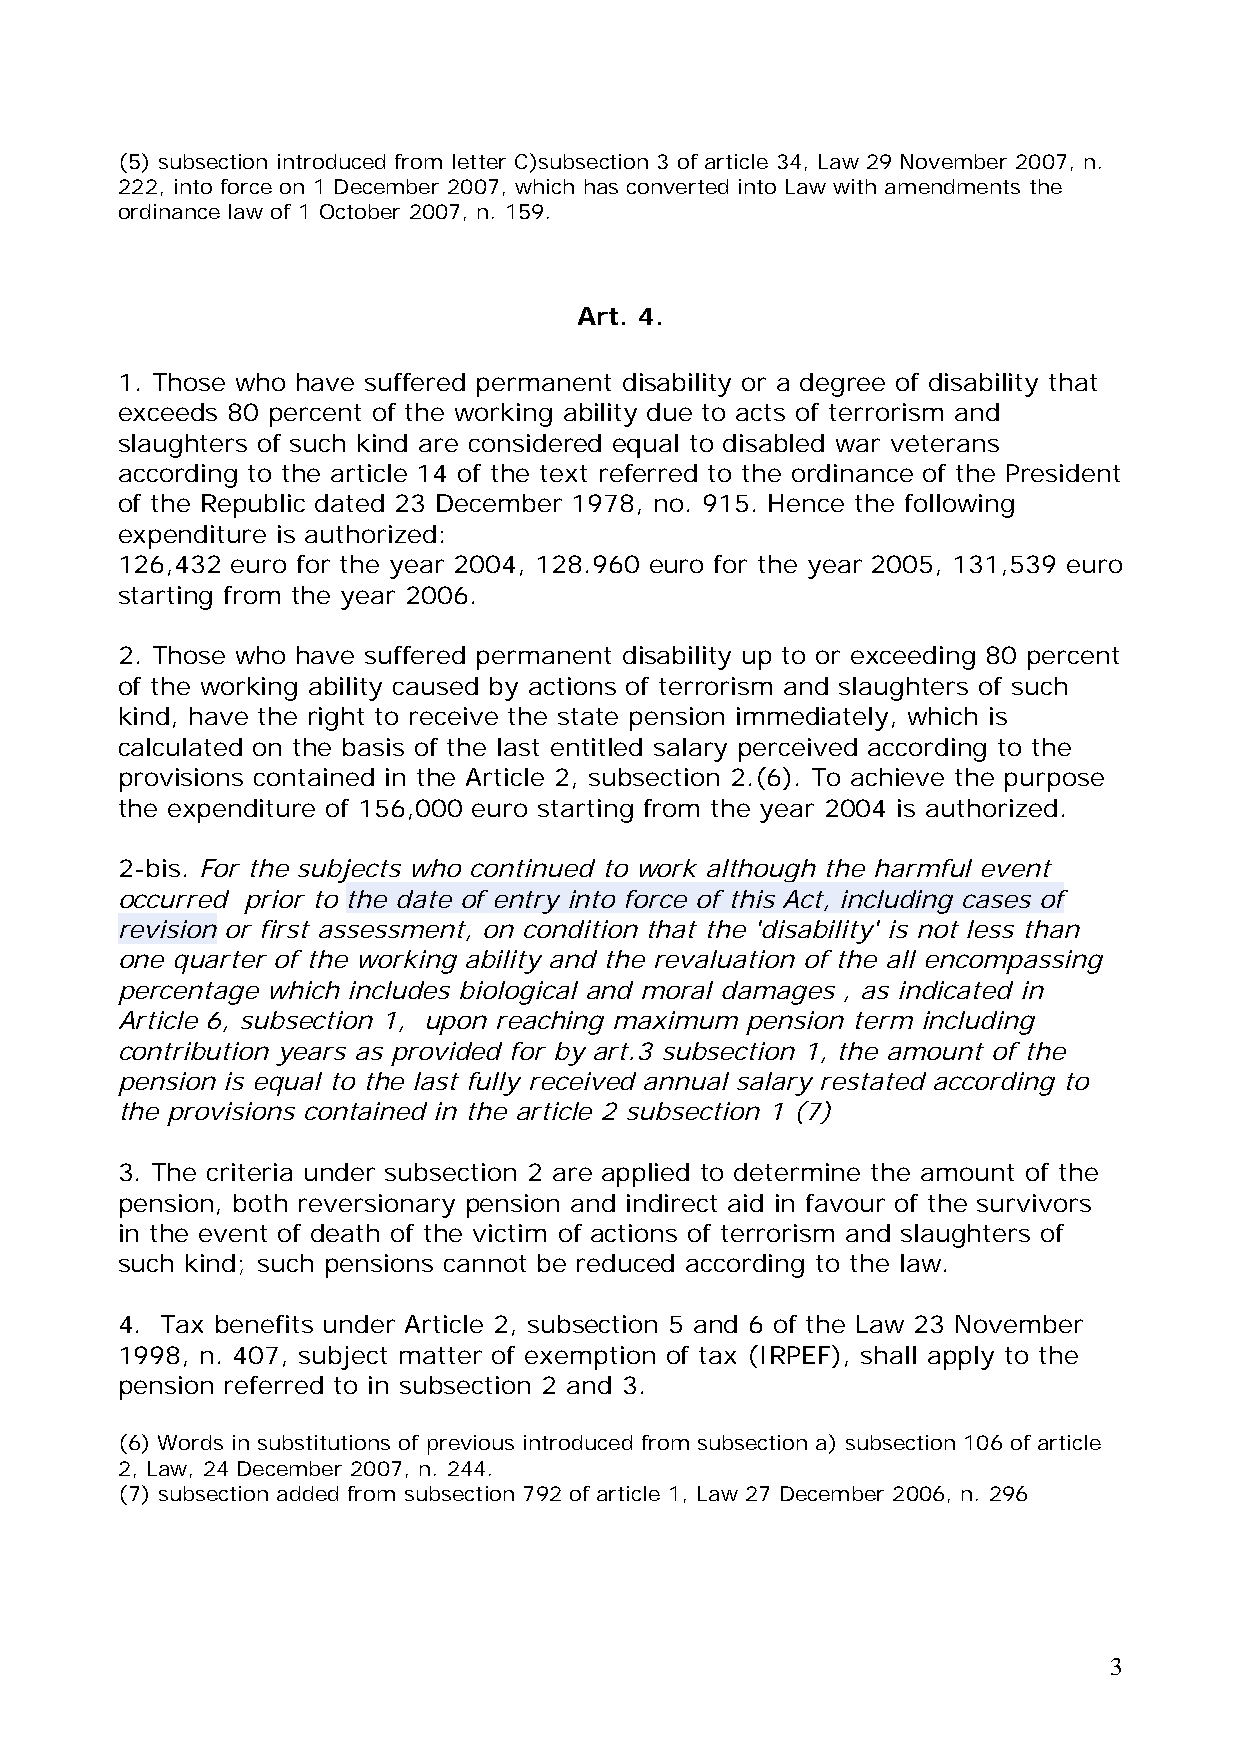
(5) subsection introduced from letter C)subsection 3 of article 34, Law 29 November 2007, n.
 222, into force on 1 December 2007, which has converted into Law with amendments the
 ordinance law of 1 October 2007, n. 159.
 Art. 4.
 1. Those who have suffered permanent disability or a degree of disability that
 exceeds 80 percent of the working ability due to acts of terrorism and
 slaughters of such kind are considered equal to disabled war veterans
 according to the article 14 of the text referred to the ordinance of the President
 of the Republic dated 23 December 1978, no. 915. Hence the following
 expenditure is authorized:
 126,432 euro for the year 2004, 128.960 euro for the year 2005, 131,539 euro
 starting from the year 2006.
 2. Those who have suffered permanent disability up to or exceeding 80 percent
 of the working ability caused by actions of terrorism and slaughters of such
 kind, have the right to receive the state pension immediately, which is
 calculated on the basis of the last entitled salary perceived according to the
 provisions contained in the Article 2, subsection 2.(6). To achieve the purpose
 the expenditure of 156,000 euro starting from the year 2004 is authorized.
 2-bis. For the subjects who continued to work although the harmful event
 occurred prior to the date of entry into force of this Act, including cases of
 revision or first assessment, on condition that the 'disability' is not less than
 one quarter of the working ability and the revaluation of the all encompassing
 percentage which includes biological and moral damages , as indicated in
 Article 6, subsection 1, upon reaching maximum pension term including
 contribution years as provided for by art.3 subsection 1, the amount of the
 pension is equal to the last fully received annual salary restated according to
 the provisions contained in the article 2 subsection 1 (7)
 3. The criteria under subsection 2 are applied to determine the amount of the
 pension, both reversionary pension and indirect aid in favour of the survivors
 in the event of death of the victim of actions of terrorism and slaughters of
 such kind; such pensions cannot be reduced according to the law.
 4. Tax benefits under Article 2, subsection 5 and 6 of the Law 23 November
 1998, n. 407, subject matter of exemption of tax (IRPEF), shall apply to the
 pension referred to in subsection 2 and 3.
 (6) Words in substitutions of previous introduced from subsection a) subsection 106 of article
 2, Law, 24 December 2007, n. 244.
 (7) subsection added from subsection 792 of article 1, Law 27 December 2006, n. 296
 3